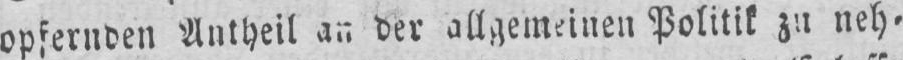
Politik zu neh⸗